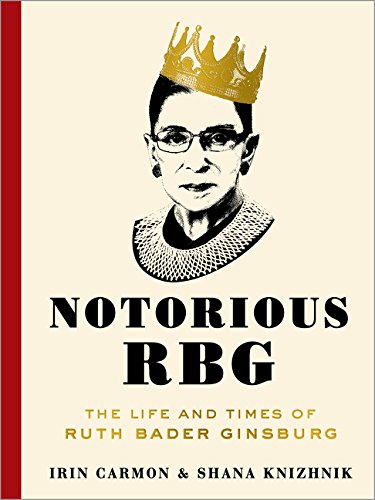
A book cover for Notorious RBG: The Life and Times of Ruth Bader Ginsburg; Irin Carmon; Humor & Entertainment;